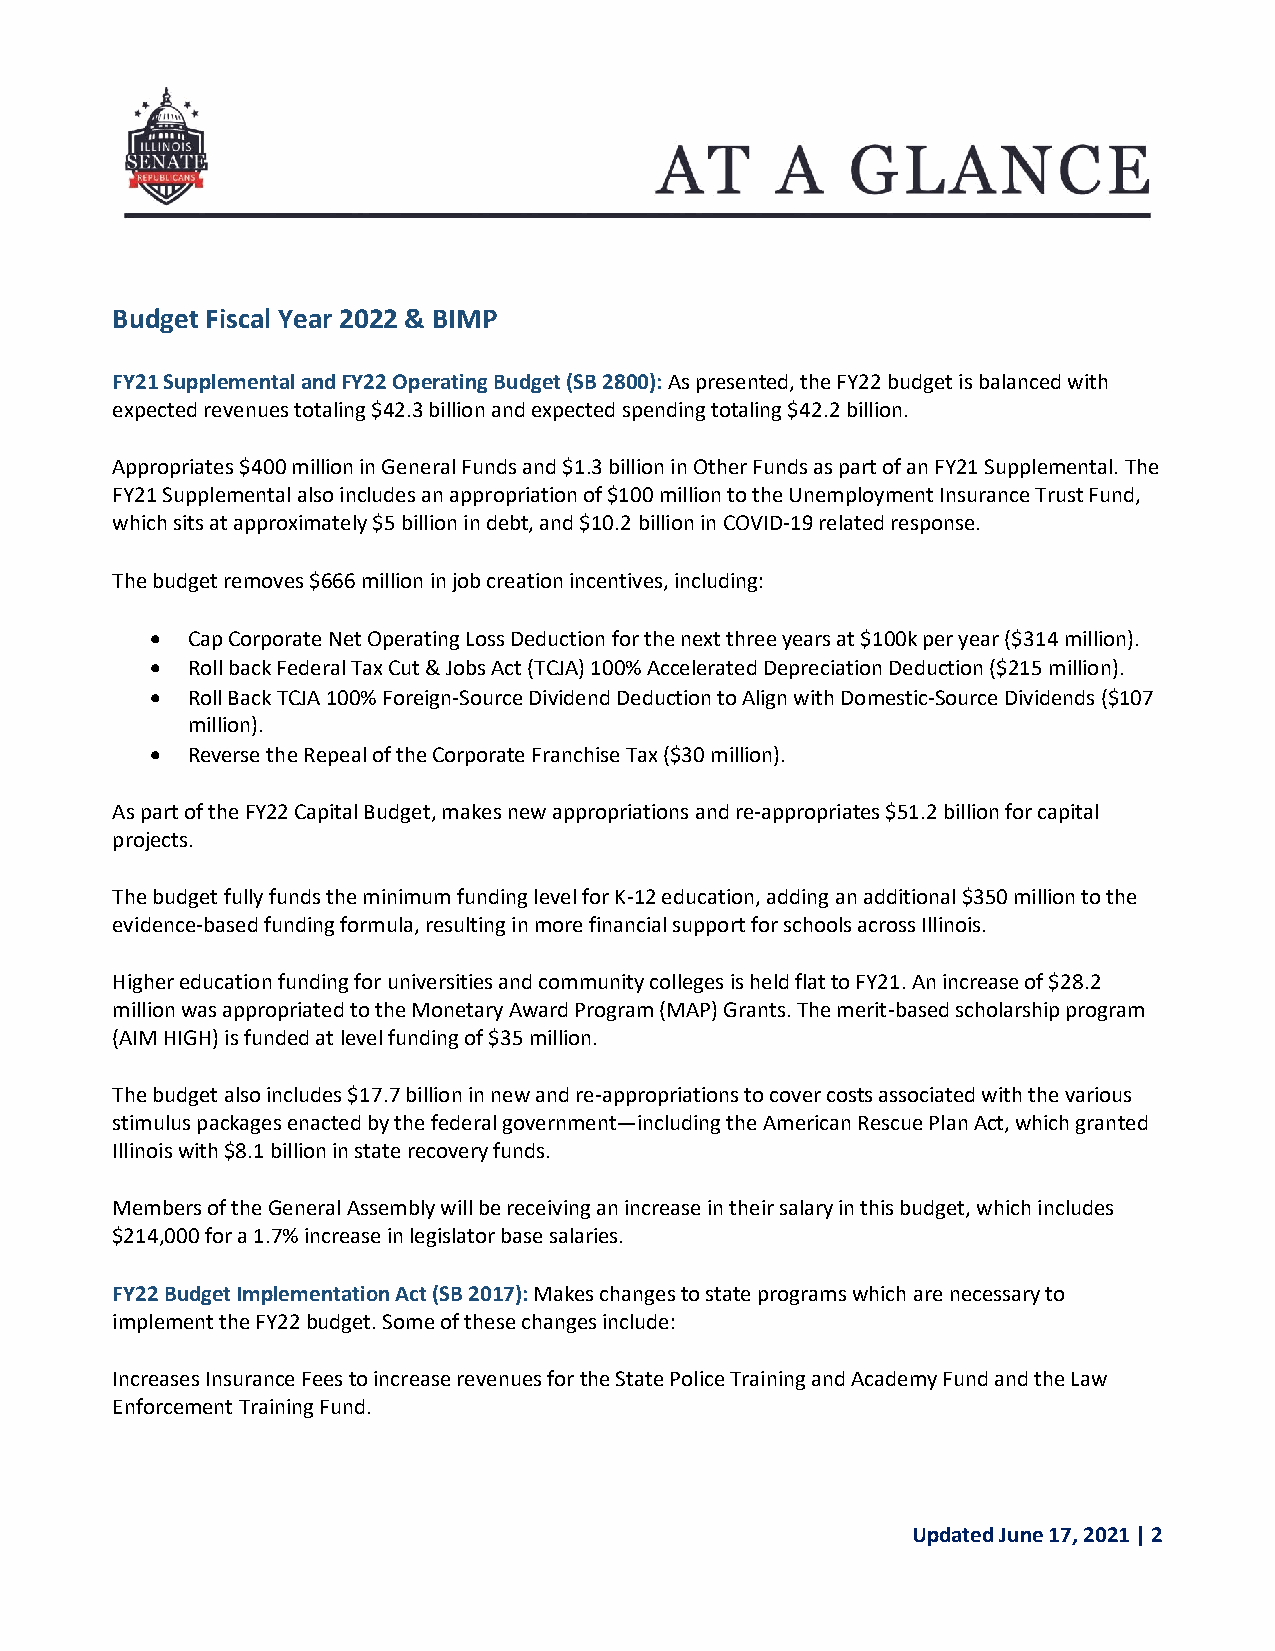
Budget Fiscal Year 2022 & BIMP
 FY21 Supplemental and FY22 Operating Budget (SB 2800): As presented, the FY22 budget is balanced with
 expected revenues totaling $42.3 billion and expected spending totaling $42.2 billion.
 Appropriates $400 million in General Funds and $1.3 billion in Other Funds as part of an FY21 Supplemental. The
 FY21 Supplemental also includes an appropriation of $100 million to the Unemployment Insurance Trust Fund,
 which sits at approximately $5 billion in debt, and $10.2 billion in COVID-19 related response.
 The budget removes $666 million in job creation incentives, including:
  Cap Corporate Net Operating Loss Deduction for the next three years at $100k per year ($314 million).
  Roll back Federal Tax Cut & Jobs Act (TCJA) 100% Accelerated Depreciation Deduction ($215 million).
  Roll Back TCJA 100% Foreign-Source Dividend Deduction to Align with Domestic-Source Dividends ($107
 million).
  Reverse the Repeal of the Corporate Franchise Tax ($30 million).
 As part of the FY22 Capital Budget, makes new appropriations and re-appropriates $51.2 billion for capital
 projects.
 The budget fully funds the minimum funding level for K-12 education, adding an additional $350 million to the
 evidence-based funding formula, resulting in more financial support for schools across Illinois.
 Higher education funding for universities and community colleges is held flat to FY21. An increase of $28.2
 million was appropriated to the Monetary Award Program (MAP) Grants. The merit-based scholarship program
 (AIM HIGH) is funded at level funding of $35 million.
 The budget also includes $17.7 billion in new and re-appropriations to cover costs associated with the various
 stimulus packages enacted by the federal government—including the American Rescue Plan Act, which granted
 Illinois with $8.1 billion in state recovery funds.
 Members of the General Assembly will be receiving an increase in their salary in this budget, which includes
 $214,000 for a 1.7% increase in legislator base salaries.
 FY22 Budget Implementation Act (SB 2017): Makes changes to state programs which are necessary to
 implement the FY22 budget. Some of these changes include:
 Increases Insurance Fees to increase revenues for the State Police Training and Academy Fund and the Law
 Enforcement Training Fund.
 Updated June 17, 2021 | 2